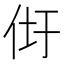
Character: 𰁴